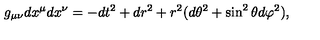
g _ { \mu \nu } d x ^ { \mu } d x ^ { \nu } = - d t ^ { 2 } + d r ^ { 2 } + r ^ { 2 } ( d \theta ^ { 2 } + \sin ^ { 2 } \theta d \varphi ^ { 2 } ) ,